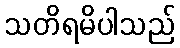
သတိရမိပါသည်